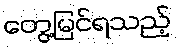
တွေ့မြင်ရသည့်